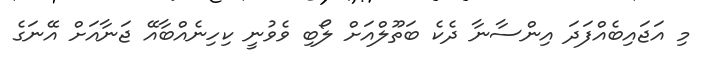
މި އަޖައިބެއްފަދަ އިންސާނާ ދެކެ ބަތޫލްއަށް ލޯބި ވެވުނީ ކިހިނެއްބާއޭ ޖަނާއަށް އޭނަގެ